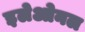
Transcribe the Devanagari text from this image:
इलेओनल